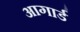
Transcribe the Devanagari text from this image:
आगार्ड